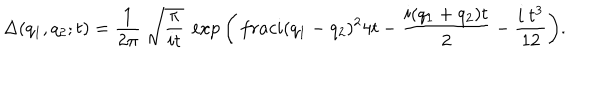
\Delta ( q _ { 1 } , q _ { 2 } ; t ) = { \frac 1 { 2 \pi } } ~ \sqrt { { \frac \pi { i t } } } ~ \exp { \left( { \, \frac { i ( q _ { 1 } - q _ { 2 } ) ^ { 2 } } { 4 t } } - { \frac { i ( q _ { 1 } + q _ { 2 } ) t } 2 } - { \frac { i ~ t ^ { 3 } } { 1 2 } } \right) } .